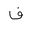
Letter: _fa